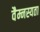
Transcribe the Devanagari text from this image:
वैम्नस्यता